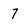
Character: 7